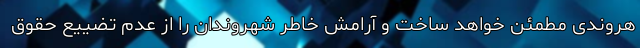
هروندی مطمئن خواهد ساخت و آرامش خاطر شهروندان را از عدم تضییع حقوق